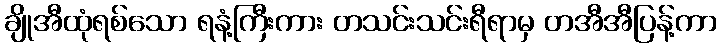
ချိုအီထုံရစ်သော ရနံ့ကြီးကား တသင်းသင်းရီရာမှ တအီအီပြန့်ကာ